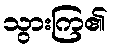
သွားကြ၏